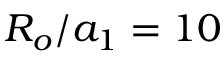
R _ { o } / a _ { 1 } = 1 0